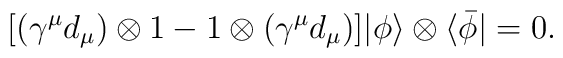
\lbrack (\gamma ^\mu {d}_\mu )\otimes 1-1\otimes (\gamma ^\mu {d}_\mu)]|\phi \rangle \otimes \langle \bar \phi |=0.